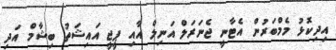
އިދިކޮޅު މެމްބަރުން އެޓާނީ ޖެނަރަލް އަނިލް އާއި ޕީޖީ އައިޝަތު ބިޝާމް އަދި